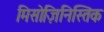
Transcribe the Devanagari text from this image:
मिसोज़िनिस्तिक